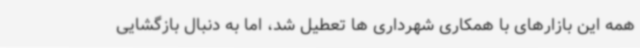
همه این بازارهای با همکاری شهرداری ها تعطیل شد، اما به دنبال بازگشایی